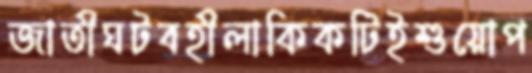
জাতীঘটবহীলাকিকটিইশুয়োপ